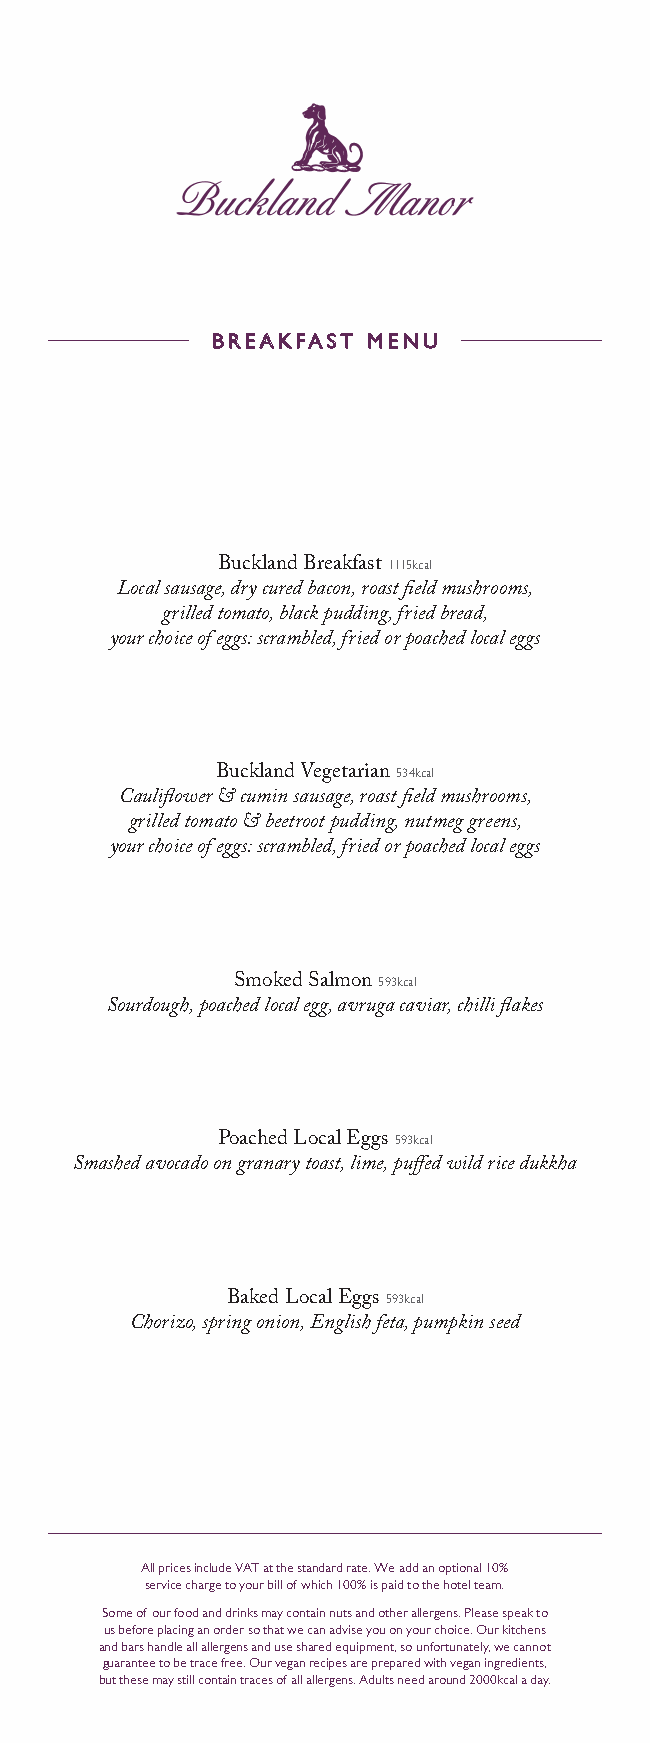
BBRREEAAKKFFAASSTT MMEENNUU
 Buckland Breakfast 1115kcal
 Local sausage, dry cured bacon, roast field mushrooms,
 grilled tomato, black pudding, fried bread,
 your choice of eggs: scrambled, fried or poached local eggs
 Buckland Vegetarian 534kcal
 Cauliflower & cumin sausage, roast field mushrooms,
 grilled tomato & beetroot pudding, nutmeg greens,
 your choice of eggs: scrambled, fried or poached local eggs
 Smoked Salmon 593kcal
 Sourdough, poached local egg, avruga caviar, chilli flakes
 Poached Local Eggs 593kcal
 Smashed avocado on granary toast, lime, puffed wild rice dukkha
 Baked Local Eggs 593kcal
 Chorizo, spring onion, English feta, pumpkin seed
 All prices include VAT at the standard rate. We add an optional 10%
 service charge to your bill of which 100% is paid to the hotel team.
 Some of our food and drinks may contain nuts and other allergens. Please speak to
 us before placing an order so that we can advise you on your choice. Our kitchens
 and bars handle all allergens and use shared equipment, so unfortunately, we cannot
 guarantee to be trace free. Our vegan recipes are prepared with vegan ingredients,
 but these may still contain traces of all allergens. Adults need around 2000kcal a day.